Lunatic asylums in Bengal annual reports 1912-1924 - 1912-1924
Year: 1912
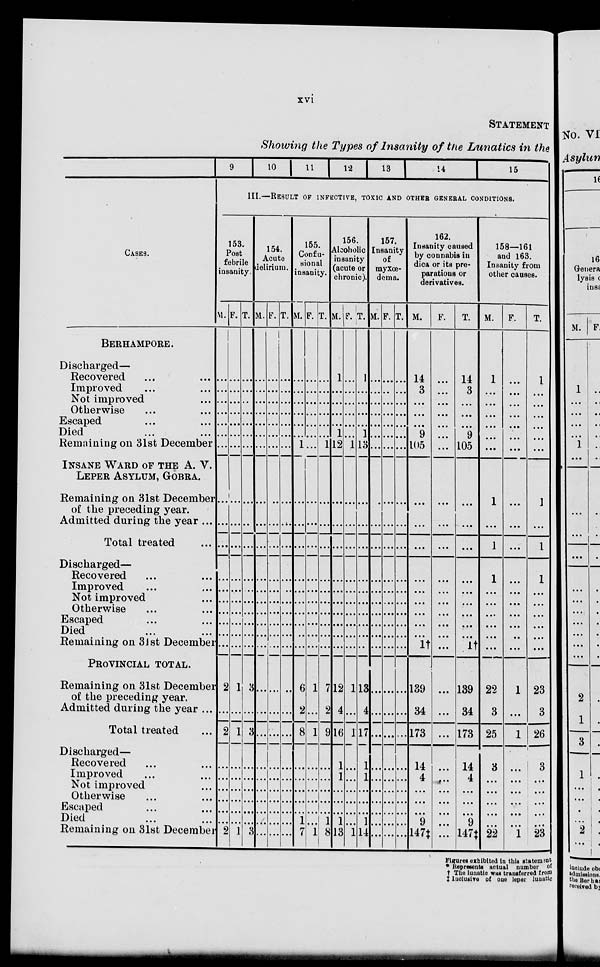
xvi
STATEMENT
Showing the Types of Insanity of the Lunatics in the
CASES.
BERHAMPORE.
Discharged—
Recovered ... ...
Improved ... ...
Not improved ...
Otherwise ... ...
Escaped ... ...
Died ... ...
Remaining on 31st December
INSANE WARD OF THE A. V.
LEPER ASYLUM, GOBRA.
Remaining on 81st December
of the preceding year.
Admitted during the year ...
Total treated ...
Discharged—
Recovered ... ...
Improved ... ...
Not improved ...
Otherwise ... ...
Escaped ... ...
Died ... ...
Remaining on 31st December
PROVINCIAL TOTAL.
Remaining on 31st December
of the preceding year.
Admitted during the year ...
Total treated ...
Discharged—
Recovered ... ...
Improved ... ...
Not improved ...
Otherwise ... ...
Escaped ... ...
Died ... ...
Remaining on 31st December
9
10
11
12
13
14
15
III.—RESULT OF INFECTIVE, TOXIC AND OTHER GENERAL CONDITIONS.
153.
Post
febrile
insanity.
M.
...
...
...
...
...
...
...
...
...
...
...
...
...
...
...
...
...
2
...
2
...
...
...
...
...
...
2
F.
...
...
...
...
...
...
...
...
...
...
...
...
...
...
...
...
...
1
...
1
...
...
...
...
...
...
1
T.
...
...
...
...
...
...
...
...
...
...
...
...
...
...
...
...
...
3
...
3
...
...
...
...
...
...
3
154.
Acute
delirium.
M.
...
...
...
...
...
...
...
...
...
...
...
...
...
...
...
...
...
...
...
...
...
...
...
...
...
...
...
F.
...
...
...
...
...
...
...
...
...
...
...
...
...
...
...
...
...
...
...
...
...
...
...
...
...
...
...
T.
...
...
...
...
...
...
...
...
...
...
...
...
...
...
...
...
...
...
...
...
...
...
...
...
...
...
...
155.
Confu-
sional
insanity.
M.
...
...
...
...
...
...
1
...
...
...
...
...
...
...
...
...
...
6
2
8
...
...
...
...
...
1
7
F.
...
...
...
...
...
...
...
...
...
...
...
...
...
...
...
...
...
1
...
1
...
...
...
...
...
...
1
T.
...
...
...
...
...
...
1
...
...
...
...
...
...
...
...
...
...
7
2
9
...
...
...
...
...
1
8
156.
Alcoholic
insanity
(acute or
chronic).
M.
1
...
...
...
...
1
12
...
...
...
...
...
...
...
...
...
...
12
4
16
1
1
...
...
...
1
13
F.
...
...
...
...
...
...
1
...
...
...
...
...
...
...
...
...
...
1
...
1
...
...
...
...
...
...
1
T.
1
...
...
...
...
1
13
...
...
...
...
...
...
...
...
...
...
13
4
17
1
1
...
...
...
1
14
157.
Insanity
of
myxœ-
dema.
M.
...
...
...
...
...
...
...
...
...
...
...
...
...
...
...
...
...
...
...
...
...
...
...
...
...
...
...
F.
...
...
...
...
...
...
...
...
...
...
...
...
...
...
...
...
...
...
...
...
...
...
...
...
...
...
...
T.
...
...
...
...
...
...
...
...
...
...
...
...
...
...
...
...
...
...
...
...
...
...
...
...
...
...
...
162.
Insanity caused
by connabis in
dica or its pre-
parations or
derivatives.
M.
14
3
...
...
...
9
105
...
...
...
...
...
...
...
...
...
1†
139
34
173
14
4
...
...
...
9
147‡
F.
...
...
...
...
...
...
...
...
...
...
...
...
...
...
...
...
...
...
...
...
...
...
...
...
...
...
...
T.
14
3
...
...
...
9
105
...
...
...
...
...
...
...
...
...
1†
139
34
173
14
4
...
...
...
9
147‡
158—161
and 163.
Insanity from
other causes.
M.
1
...
...
...
...
...
...
1
...
...
1
...
...
...
...
...
...
22
3
25
3
...
...
...
...
...
22
F.
...
...
...
...
...
...
...
...
...
...
...
...
...
...
...
...
...
1
...
1
...
...
...
...
...
...
1
T.
1
...
...
...
...
...
...
1
...
...
1
...
...
...
...
...
...
23
3
26
3
...
...
...
...
...
23
Figures exhibited in this statement
* Represents actual number of
† The lunatic was transferred from
‡ Inclusive of one leper lunatic